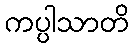
ကပ္ပါသာတိ